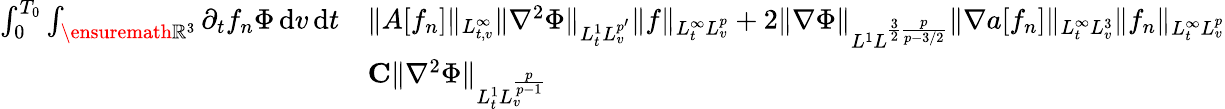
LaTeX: \begin{array}{rl}{\int_{0}^{T_{0}}\int_{\ensuremath{{\mathbb R}}^{3}}\partial_{t}f_{n}\Phi\, \mathrm{d}v\, \mathrm{d}t}&{\le\| A[f_{n}]\| _{L_{t,v}^{\infty}}\| \nabla^{2}\Phi\| _{L_{t}^{1}L_{v}^{p^{\prime}}}\| f\| _{L_{t}^{\infty}L_{v}^{p}}+2\| \nabla\Phi\| _{L^{1}L^{\frac{3}{2}\frac{p}{p-3/2}}}\| \nabla a[f_{n}]\| _{L_{t}^{\infty}L_{v}^{3}}\| f_{n}\| _{L_{t}^{\infty}L_{v}^{p}}}\\ &{\le C\| \nabla^{2}\Phi\| _{L_{t}^{1}L_{v}^{\frac{p}{p-1}}}}\end{array}